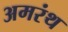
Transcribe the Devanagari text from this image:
अमरंथ